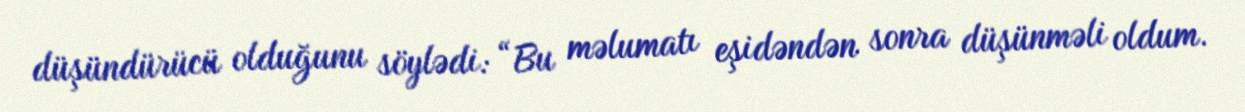
düşündürücü olduğunu söylədi: “Bu məlumatı eşidəndən sonra düşünməli oldum.